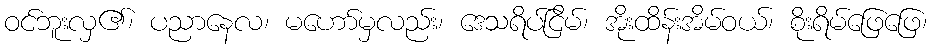
ဝင်ဘူးလှ၏၊ ပညာနေလ၊ မဟော်မှလည်း၊ ဒေသရိပ်ငြိမ်၊ အိုးထိန်းအိမ်ဝယ်၊ စိုးရိမ်ဖြေဖြေ၊